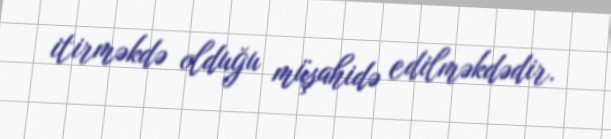
itirməkdə olduğu müşahidə edilməkdədir.